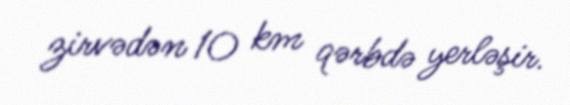
zirvədən 10 km qərbdə yerləşir.